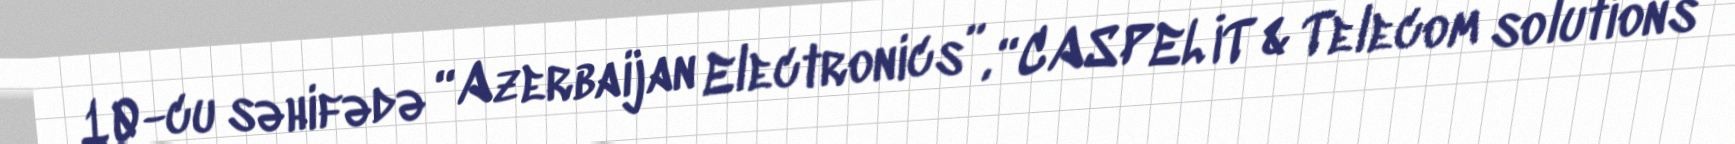
10-cu səhifədə “Azerbaijan Electronics”, “CASPEL İT & Telecom solutions